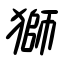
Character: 獅